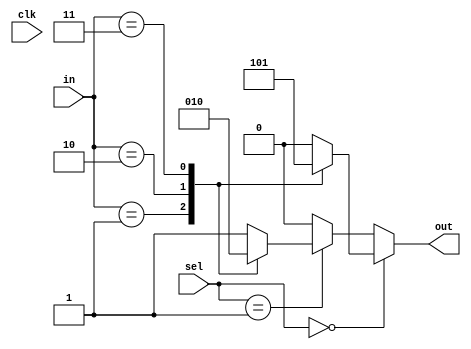
module CLB (
    input wire [3:0] in,               // 4-bit input signals
    input wire [1:0] sel,              // 2-bit select for multiplexer
    input wire clk,                     // Clock signal (if needed for synchronous operation)
    output wire out                    // Single output
);

// Internal signals for LUTs
wire [1:0] lut_out;                   // Outputs from LUTs

// 4-input Look-Up Tables (LUTs)
function [1:0] lut1;
    input [3:0] in;
    begin
        case (in)
            4'b0000: lut1 = 2'b00;    // Example LUT configuration
            4'b0001: lut1 = 2'b01;
            4'b0010: lut1 = 2'b10;
            4'b0011: lut1 = 2'b11;
            // Add more cases as needed
            default: lut1 = 2'b00;      // Default output
        endcase
    end
endfunction

function [1:0] lut2;
    input [3:0] in;
    begin
        case (in)
            4'b0000: lut2 = 2'b01;    // Another example LUT configuration
            4'b0001: lut2 = 2'b10;
            4'b0010: lut2 = 2'b11;
            4'b0011: lut2 = 2'b00;
            // Add more cases as needed
            default: lut2 = 2'b01;      // Default output
        endcase
    end
endfunction

// LUT outputs
assign lut_out[0] = lut1(in);
assign lut_out[1] = lut2(in);

// Multiplexer to select output from LUTs
assign out = (sel == 2'b00) ? lut_out[0] :
             (sel == 2'b01) ? lut_out[1] :
             2'b00; // Default output if sel does not match

endmodule